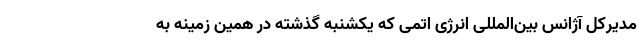
مدیرکل آژانس بین‌المللی انرژی اتمی که یکشنبه گذشته در همین زمینه به